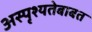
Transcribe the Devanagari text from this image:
अस्पृश्यतेबाबत